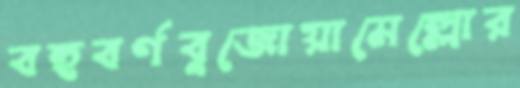
বহুবর্ণবুজোয়ামেল্লোর